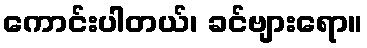
ကောင်းပါတယ်၊ ခင်ဗျားရော။